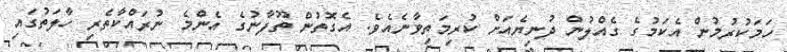
ހަމަކުރުމުން އެކަމުގެ ގެއްލުން ދުނިޔެއަށް ކުރިމަތިވާނެއެވެ. އެގޮތުން ތޫފާނުގެ އެންމެ ނުރައްކާތެރި ހާލަތުގައި